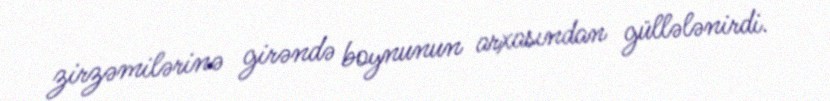
zirzəmilərinə girəndə boynunun arxasından güllələnirdi.